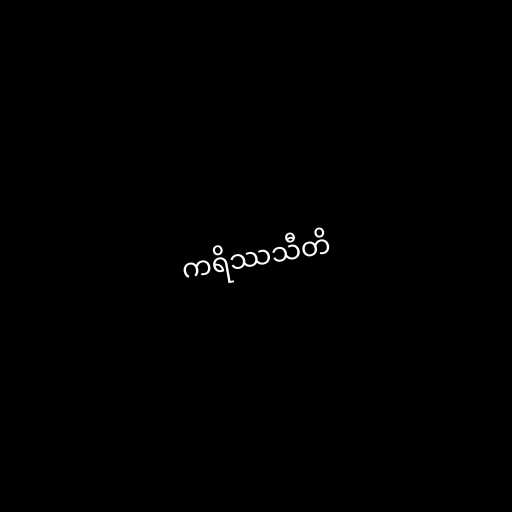
ကရိဿသီတိ